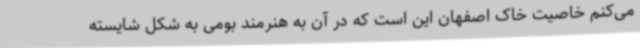
می‌کنم خاصیت خاک اصفهان این است که در آن به هنرمند بومی به شکل شایسته